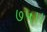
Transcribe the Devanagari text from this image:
७५।।